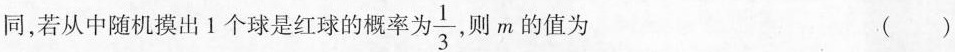
同，若从中随机摸出 1 个球是红球的概率为 \frac{1}{3} 则 m 的值为 ( )